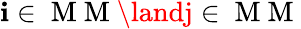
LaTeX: \mathbf{i}\in\mathrm{{~M~M~}}\landj\in\mathrm{{~M~M~}}